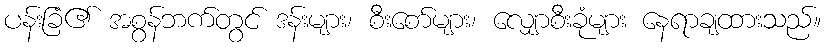
ပန်းခြံ၏ အစွန်ဘက်တွင် ဒန်းများ၊ စီးစော်များ၊ လျှောစီးခုံများ နေရာချထားသည်။